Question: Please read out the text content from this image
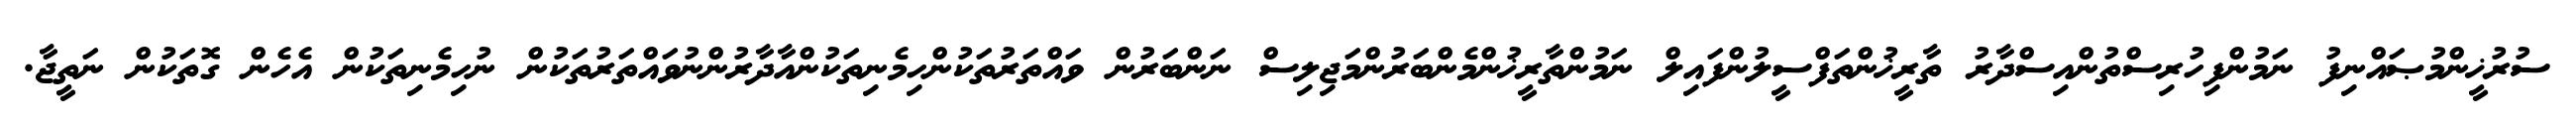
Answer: ސުރުޚީންމުޞައްނިފު ނަމުންފިހުރިސްތުންއިސްދާރު ތާރީޚުންތަފްސީލުންފައިލް ނަމުންތާރީޚުންމެންބަރުންމަޖިލިސް ނަންބަރުން ވައްތަރުތަކުންހިމެނިތަކުންއާދާރުންނުވައްތަރުތަކުން ނުހިމެނިތަކުން އެހެން ގޮތަކުން ނަތީޖާ.